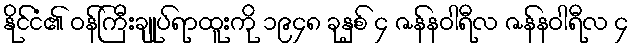
နိုင်ငံ၏ ဝန်ကြီးချုပ်ရာထူးကို ၁၉၄၈ ခုနှစ် ၄ ဇန်နဝါရီလ ဇန်နဝါရီလ ၄